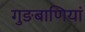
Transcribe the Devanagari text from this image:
गुङबाणियां